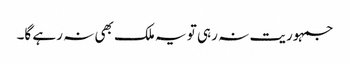
جمہوریت نہ رہی تو یہ ملک بھی نہ رہے گا۔